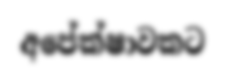
අපේක්ෂාවකට